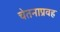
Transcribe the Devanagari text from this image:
चेतनाप्रवह